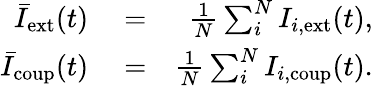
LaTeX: \begin{array}{rlr}{\bar{I}_{\mathrm{ext}}(t)}&{{}=}&{\frac{1}{N}\sum_{i}^{N}I_{i,\mathrm{ext}}(t),}\\ {\bar{I}_{\mathrm{coup}}(t)}&{{}=}&{\frac{1}{N}\sum_{i}^{N}I_{i,\mathrm{coup}}(t).}\end{array}